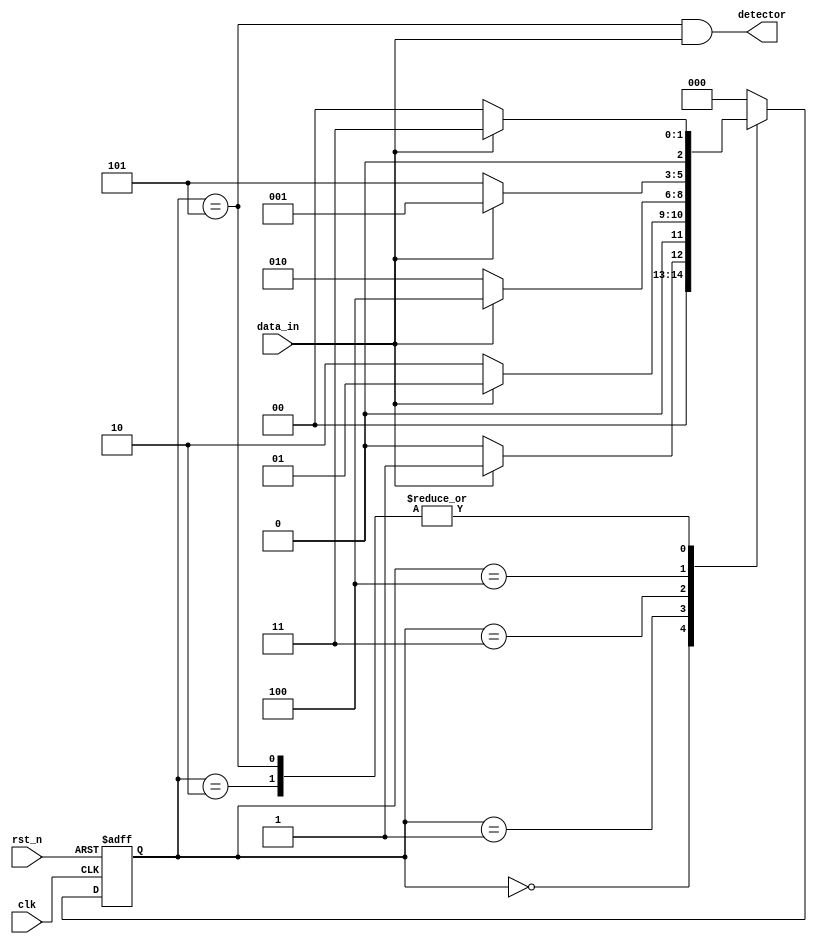
// detect the 101101 in the seqences(non-overlapping)

module seq_detect (
    input   clk,
    input   rst_n,
    input   data_in,

    output  detector
);
    localparam STATE_0 = 3'b000;
    localparam STATE_1 = 3'b001;
    localparam STATE_2 = 3'b010;
    localparam STATE_3 = 3'b011;
    localparam STATE_4 = 3'b100;
    localparam STATE_5 = 3'b101;

    reg [2:0] state_cur, state_next;

    // one : state transfer
    always @(posedge clk or negedge rst_n) begin
        if(!rst_n)begin
            state_cur <= STATE_0;
        end
        else begin
            state_cur <= state_next;
        end
    end
    // two : state switch, using block assignment for combination-logic
    // all case items need to be displayed completely 
    always @(*)begin
        case(state_cur)
            STATE_0:
                if(data_in) state_next = STATE_1;
                else        state_next = STATE_0;
            STATE_1:
                if(data_in) state_next = STATE_1;
                else        state_next = STATE_2;
            STATE_2:
                if(data_in) state_next = STATE_3;
                else        state_next = STATE_0;
            STATE_3:
                if(data_in) state_next = STATE_4;
                else        state_next = STATE_2;
            STATE_4:
                if(data_in) state_next = STATE_1;
                else        state_next = STATE_5;
            STATE_5:
                if(data_in) state_next = STATE_3;
                else        state_next = STATE_0;
            default:        state_next = STATE_0;
        endcase
    end
    // three : output logic , using non-block assignment or block assignment    (optional)
    // block assignment
    assign detector = (state_cur == STATE_5) && data_in;

endmodule

//101101